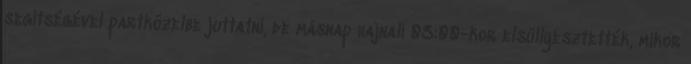
segítségével partközelbe juttatni, de másnap hajnali 03:00-kor elsüllyesztették, mikor